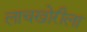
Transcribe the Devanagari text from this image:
लाचखोरीला